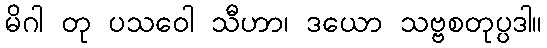
မိဂါ တု ပသဝေါ သီဟာ၊ ဒယော သဗ္ဗစတုပ္ပဒါ။